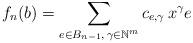
LaTeX: \begin{align*}f_n(b)=\sum_{e\in B_{n-1},\, \gamma\in\mathbb N^m }c_{e,\gamma}\, x^\gamma e\end{align*}